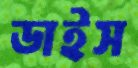
ডাইস